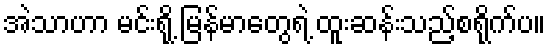
အဲသာဟာ မင်းရို့ မြန်မာတွေရဲ့ ထူးဆန်းသည့်စရိုက်ပ။